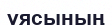
ұясының